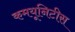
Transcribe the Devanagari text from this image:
कमयूनिटीस